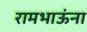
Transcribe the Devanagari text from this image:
रामभाऊंना